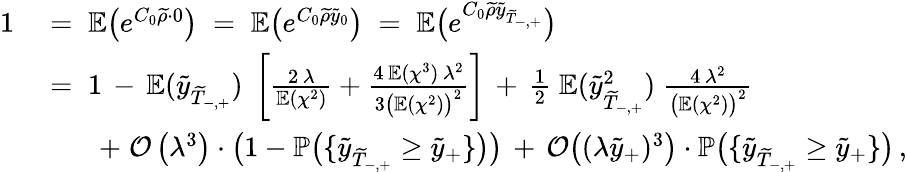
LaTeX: \begin{array}{rl}{1}&{\; =\; \mathbb{E}\big(e^{C_{0}\widetilde{\rho}\cdot 0}\big)\; =\; \mathbb{E}\big(e^{C_{0}\widetilde{\rho}\widetilde{y}_{0}}\big)\; =\; \mathbb{E}\big(e^{C_{0}\widetilde{\rho}\widetilde{y}_{\widetilde{T}_{-,+}}}\big)}\\ &{\; =\; 1\, -\, \mathbb{E}(\widetilde{y}_{\widetilde{T}_{-,+}})\; \left[\frac{2\, \lambda}{\mathbb{E}(\chi^{2})}+\frac{4\, \mathbb{E}(\chi^{3})\, \lambda^{2}}{3\big(\mathbb{E}(\chi^{2})\big)^{2}}\right]\, +\, \frac{1}{2}\; \mathbb{E}(\widetilde{y}_{\widetilde{T}_{-,+}}^{2})\; \frac{4\, \lambda^{2}}{\big(\mathbb{E}(\chi^{2})\big)^{2}}}\\ &{\qquad+\; \mathcal{O}\left(\lambda^{3}\right)\cdot\big(1-\mathbb{P}\big(\{ \widetilde{y}_{\widetilde{T}_{-,+}}\geq\widetilde{y}_{+}\} \big)\big)\, +\, \mathcal{O}\big((\lambda\widetilde{y}_{+})^{3}\big)\cdot\mathbb{P}\big(\{ \widetilde{y}_{\widetilde{T}_{-,+}}\geq\widetilde{y}_{+}\} \big)\, ,}\end{array}